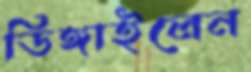
ডিঙ্গাইলেন